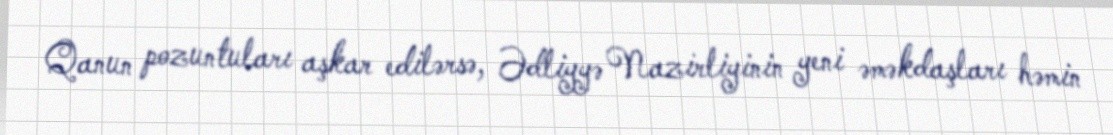
Qanun pozuntuları aşkar edilərsə, Ədliyyə Nazirliyinin yeni əməkdaşları həmin